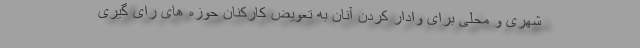
شهری و محلی برای وادار کردن آنان به تعویض کارکنان حوزه های رای گیری